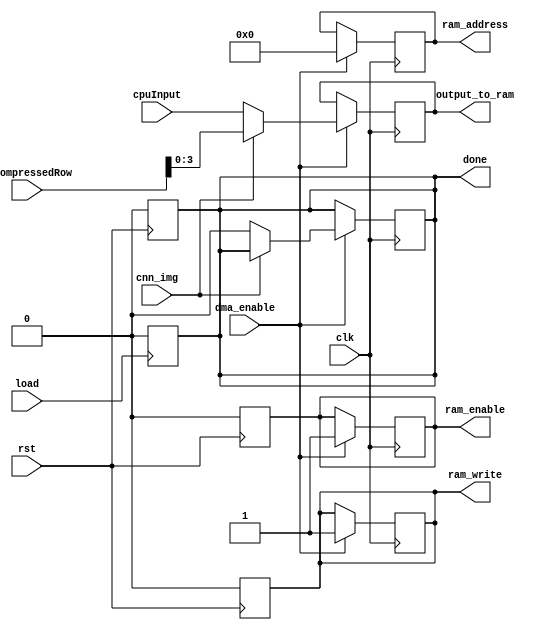
module DMA(decompressedRow, cpuInput, cnn_img, dma_enable, ram_write, ram_enable, ram_address, output_to_ram, done, clk, rst,load);

parameter rowSize = 16;
parameter blockSize = 4;

input [rowSize - 1 : 0] decompressedRow;
reg [rowSize - 1 : 0] decompressedRowTMP;
input [blockSize - 1 : 0] cpuInput;
output reg ram_write;
output reg ram_enable;
output reg [15:0] ram_address;
output reg done;
output reg [blockSize - 1 : 0] output_to_ram;
input clk,rst,load, dma_enable, cnn_img;

integer next_address = 0;
integer start_address = 0;

always @(negedge clk) begin
    if(dma_enable)
    begin
        // IMG
        if(cnn_img) begin
            if(next_address - start_address >= rowSize / blockSize) begin
                done = 1;
                ram_enable = 1'b0;
                ram_write = 0;
                start_address = next_address;
            end
            else begin
                ram_address = next_address;
                ram_enable = 1'b1;
                ram_write = 1'b1;
                decompressedRowTMP = decompressedRow >> blockSize * (next_address - start_address);
                output_to_ram = decompressedRowTMP[blockSize - 1: 0];
                next_address = next_address + 1;
            end            
        end
        
        // CNN
        else begin
            ram_address = next_address;
            output_to_ram = cpuInput;
            ram_enable = 1'b1;
            ram_write = 1'b1;
            next_address = next_address + 1;
            start_address = next_address;
            done = 0;
        end
        
    end
end

always @(posedge rst) begin
    start_address = 0;
    next_address = 0;
    ram_write = 0;
    ram_enable =0;
    done =0;
end

always @(negedge load) begin
    done = 0;
end


endmodule